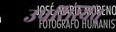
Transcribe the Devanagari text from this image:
उपरिस्वित्